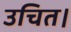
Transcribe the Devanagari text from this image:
उचित।